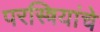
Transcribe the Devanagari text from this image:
परस्त्रियांचे